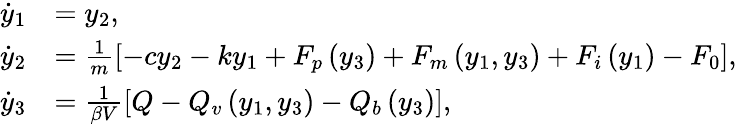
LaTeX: \begin{array}{rl}{\dot{y}_{1}}&{=y_{2},}\\ {\dot{y}_{2}}&{=\frac{1}{m}\left[-cy_{2}-ky_{1}+F_{p}\left(y_{3}\right)+F_{m}\left(y_{1},y_{3}\right)+F_{i}\left(y_{1}\right)-F_{0}\right],}\\ {\dot{y}_{3}}&{=\frac{1}{\beta V}\left[Q-Q_{v}\left(y_{1},y_{3}\right)-Q_{b}\left(y_{3}\right)\right],}\end{array}